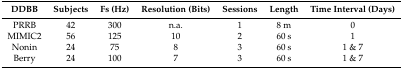
| DDBB | Subjects | Fs (Hz) | Resolution (Bits) | Sessions | Length | Time Interval (Days) |
 | --- | --- | --- | --- | --- | --- | --- |
 | PRRB | 42 | 300 | n.a. | 1 | 8 m | 0 |
 | MIMIC2 | 56 | 125 | 10 | 2 | 60 s | 1 |
 | Nonin | 24 | 75 | 8 | 3 | 60 s | 1 & 7 |
 | Berry | 24 | 100 | 7 | 3 | 60 s | 1 & 7 |